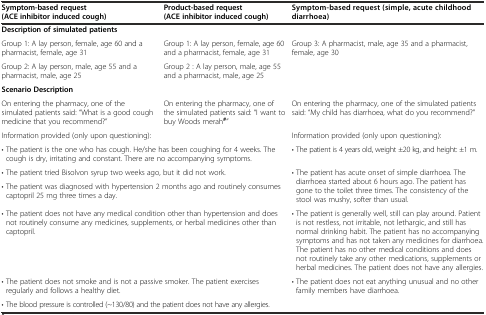
| Symptom-based request (ACE inhibitor induced cough) | Product-based request (ACE inhibitor induced cough) | Symptom-based request (simple, acute childhood diarrhoea) |
 | --- | --- | --- |
 | <COLSPAN=3> Description of simulated patients |
 | Group 1: A lay person, female, age 60 and a pharmacist, female, age 31 | Group 1: A lay person, female, age 60 and a pharmacist, female, age 31 | <ROWSPAN=2> Group 3: A pharmacist, male, age 35 and a pharmacist, female, age 30 |
 | Group 2: A lay person, male, age 55 and a pharmacist, male, age 25 | Group 2 : A lay person, male, age 55 and a pharmacist, male, age 25 |
 | <COLSPAN=3> Scenario Description |
 | On entering the pharmacy, one of the simulated patients said: “What is a good cough medicine that you recommend?” | On entering the pharmacy, one of the simulated patients said: “I want to buy Woods merah#” | On entering the pharmacy, one of the simulated patients said: “My child has diarrhoea, what do you recommend?” |
 | <COLSPAN=2> Information provided (only upon questioning): | Information provided (only upon questioning): |
 | <COLSPAN=2> • The patient is the one who has cough. He/she has been coughing for 4 weeks. The cough is dry, irritating and constant. There are no accompanying symptoms. | • The patient is 4 years old, weight ±20 kg, and height: ±1 m. |
 | <COLSPAN=2> • The patient tried Bisolvon syrup two weeks ago, but it did not work. | <ROWSPAN=2> • The patient has acute onset of simple diarrhoea. The diarrhoea started about 6 hours ago. The patient has gone to the toilet three times. The consistency of the stool was mushy, softer than usual. |
 | <COLSPAN=2> • The patient was diagnosed with hypertension 2 months ago and routinely consumes captopril 25 mg three times a day. |
 | <COLSPAN=2> • The patient does not have any medical condition other than hypertension and does not routinely consume any medicines, supplements, or herbal medicines other than captopril. | • The patient is generally well, still can play around. Patient is not restless, not irritable, not lethargic, and still has normal drinking habit. The patient has no accompanying symptoms and has not taken any medicines for diarrhoea. The patient has no other medical conditions and does not routinely take any other medications, supplements or herbal medicines. The patient does not have any allergies. |
 | <COLSPAN=2> • The patient does not smoke and is not a passive smoker. The patient exercises regularly and follows a healthy diet. | <ROWSPAN=2> • The patient does not eat anything unusual and no other family members have diarrhoea. |
 | <COLSPAN=2> • The blood pressure is controlled (~130/80) and the patient does not have any allergies. |